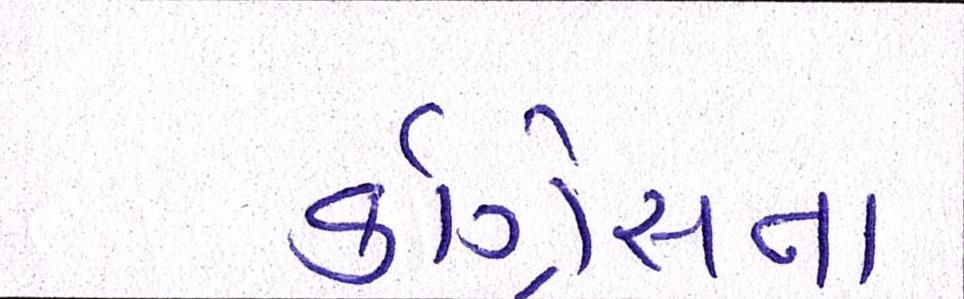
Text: કૉંગ્રેસના